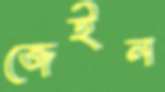
জেইন